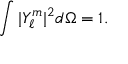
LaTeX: \int { | Y _ { \ell } ^ { m } | ^ { 2 } d \Omega } = 1 .